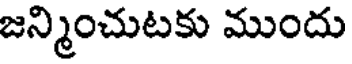
జన్మించుటకు ముందు